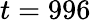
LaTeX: t=996